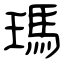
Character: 瑪